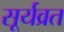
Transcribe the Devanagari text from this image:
सूर्यव्रत